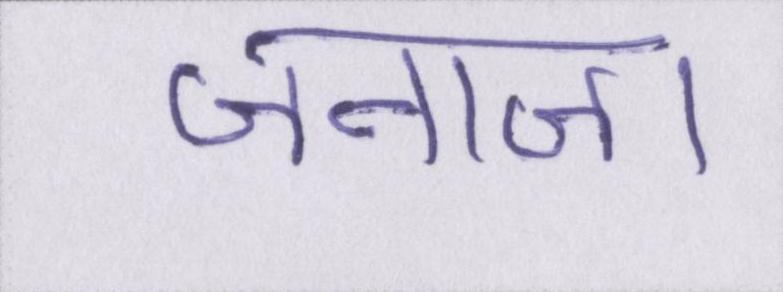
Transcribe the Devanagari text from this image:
जनाजा